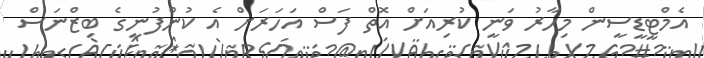
އެމްޓީޑީސީން މިހާރު ވަނީ ކުރިއަށް އޮތް ފަސް އަހަރަށް އެ ކުންފުނީގެ ބިޒްނަސް